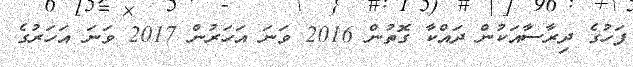
ފަހުގެ ދިރާސާއަކުން ދައްކާ ގޮތުން 2016 ވަނަ އަހަރުން 2017 ވަނަ އަހަރުގެ